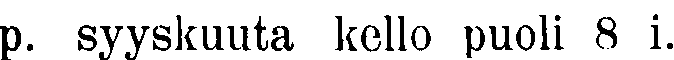
p. syyskuuta kello puoli 8 i.